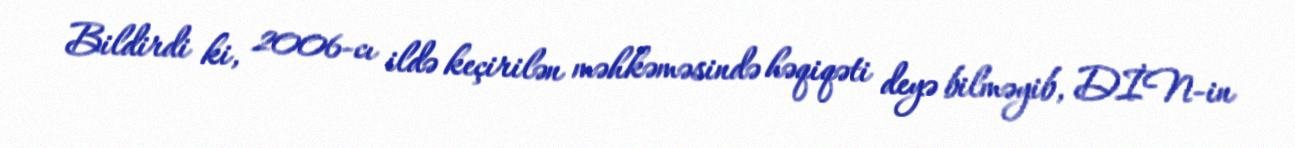
Bildirdi ki, 2006-cı ildə keçirilən məhkəməsində həqiqəti deyə bilməyib, DİN-in